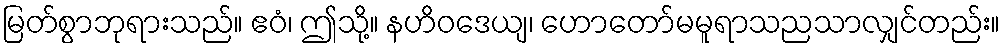
မြတ်စွာဘုရားသည်။ ဧဝံ၊ ဤသို့။ နဟိဝဒေယျ၊ ဟောတော်မမူရာသညသာလျှင်တည်း။